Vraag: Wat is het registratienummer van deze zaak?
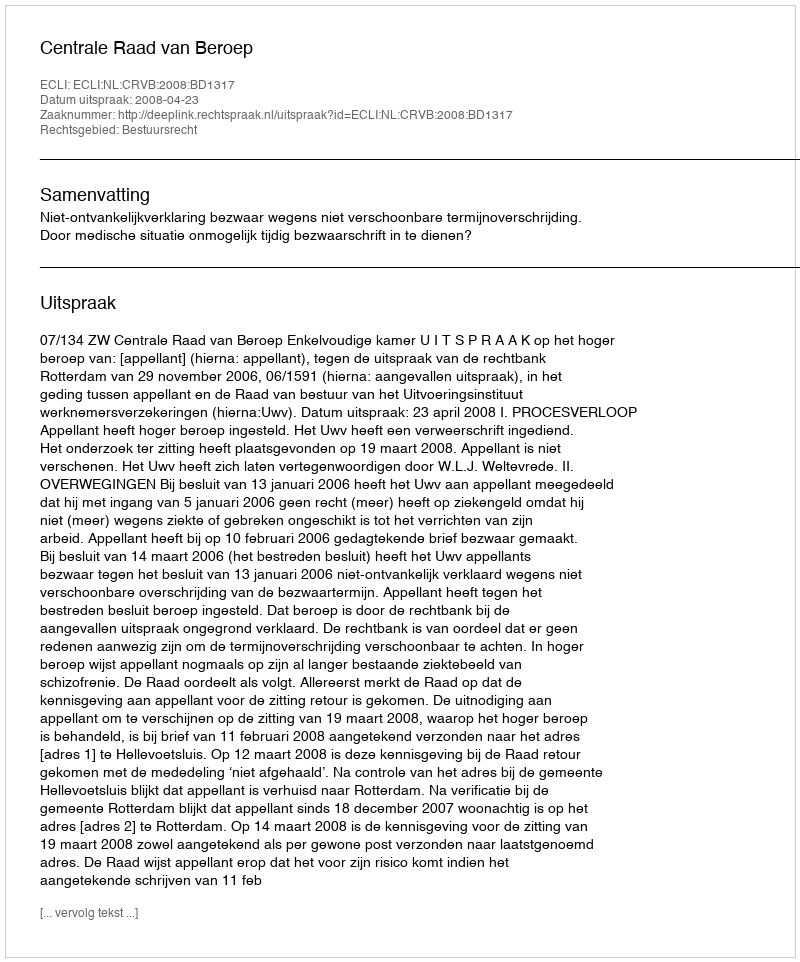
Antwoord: http://deeplink.rechtspraak.nl/uitspraak?id=ECLI:NL:CRVB:2008:BD1317